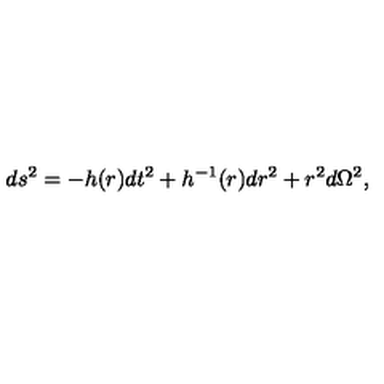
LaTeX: d s ^ { 2 } = - h ( r ) d t ^ { 2 } + h ^ { - 1 } ( r ) d r ^ { 2 } + r ^ { 2 } d \Omega ^ { 2 } ,